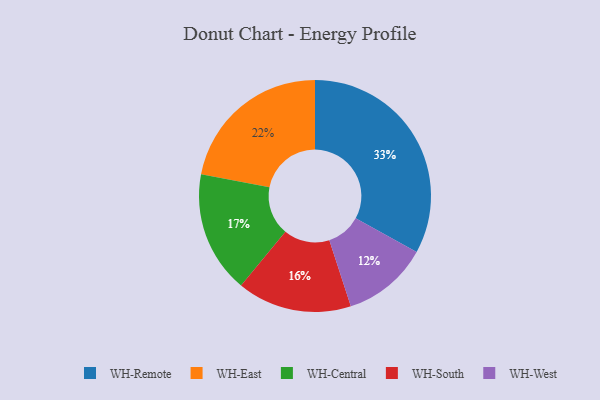
{"axis": {"x": "Category", "y": "Percentage"}, "legend": ["WH-Central", "WH-East", "WH-Remote", "WH-South", "WH-West"], "data": [{"x": "WH-West", "y": 12, "type": "WH-West"}, {"x": "WH-Central", "y": 17, "type": "WH-Central"}, {"x": "WH-South", "y": 16, "type": "WH-South"}, {"x": "WH-Remote", "y": 33, "type": "WH-Remote"}, {"x": "WH-East", "y": 22, "type": "WH-East"}]}